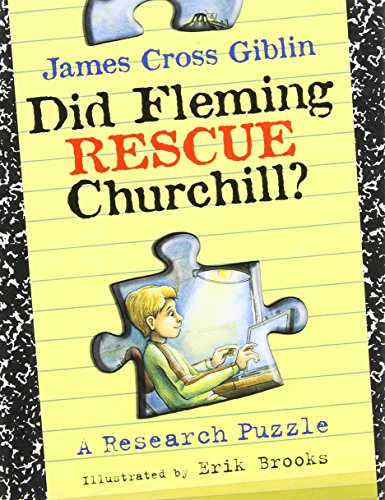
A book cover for Did Fleming Rescue Churchill?: A Research Puzzle; James Cross Giblin; Children's Books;